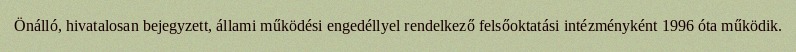
Önálló, hivatalosan bejegyzett, állami működési engedéllyel rendelkező felsőoktatási intézményként 1996 óta működik.